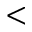
<